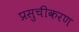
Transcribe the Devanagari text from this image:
प्रसुचीकरण